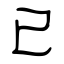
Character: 已